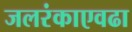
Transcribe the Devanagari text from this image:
जलरंकाएवढा